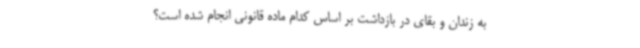
به زندان و بقای در بازداشت بر اساس کدام ماده قانونی انجام شده است؟